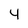
Character: 4